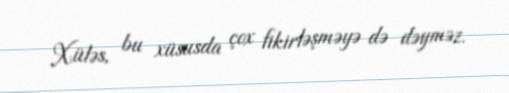
Xüləs, bu xüsusda çox fikirləşməyə də dəyməz.